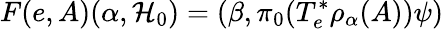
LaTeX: F(e,A)(\alpha,{\cal H}_{0})=(\beta,\pi_{0}(T_{e}^{*}\rho_{\alpha}(A))\psi)